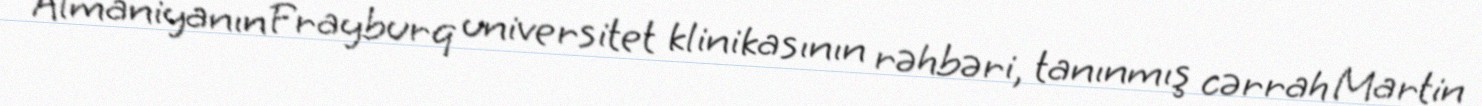
Almaniyanın Frayburq universitet klinikasının rəhbəri, tanınmış cərrah Martin